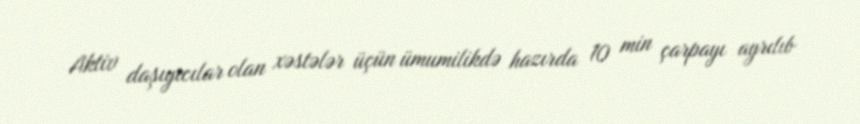
Aktiv daşıyıcılar olan xəstələr üçün ümumilikdə hazırda 10 min çarpayı ayrılıb